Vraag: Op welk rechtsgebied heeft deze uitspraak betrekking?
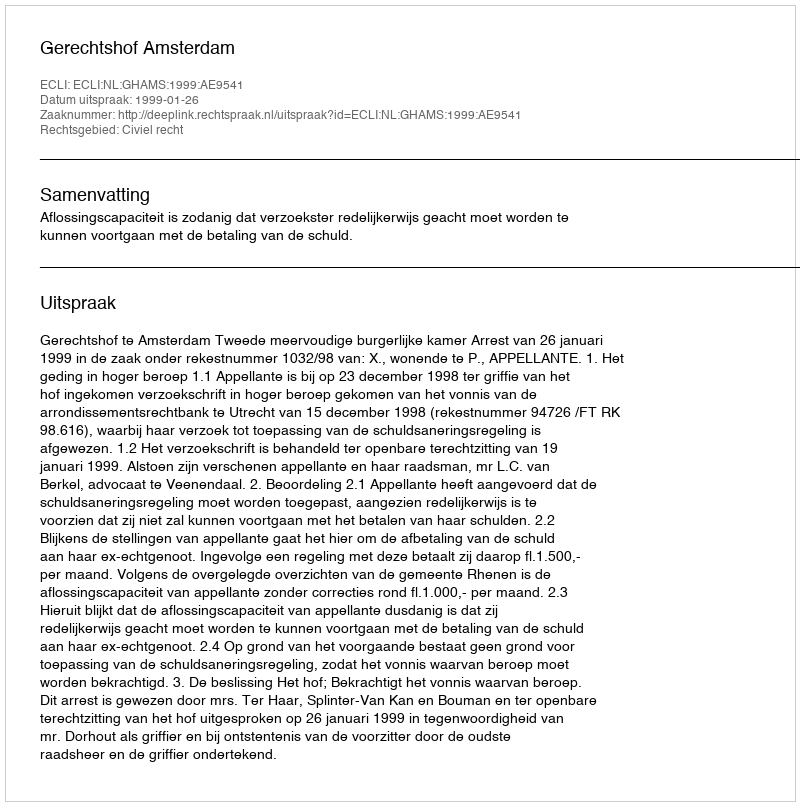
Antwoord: Civiel recht